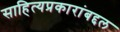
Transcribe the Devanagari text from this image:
साहित्यप्रकारांबद्दल